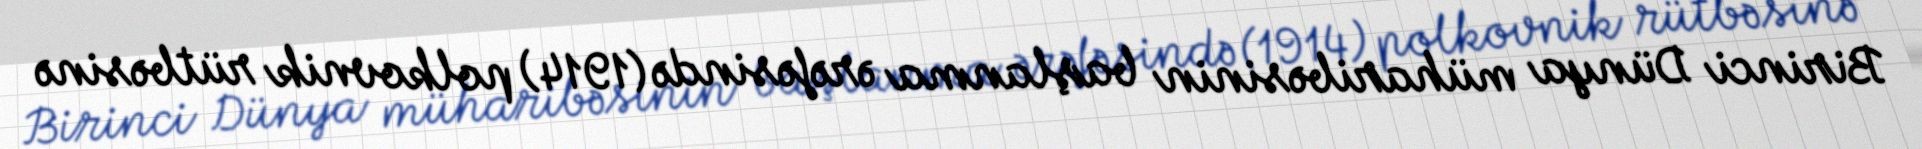
Birinci Dünya müharibəsinin başlanma ərəfəsində (1914) polkovnik rütbəsinə